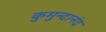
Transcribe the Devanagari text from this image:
कुमुन्दानंद